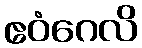
ဧဝံဂေလိ